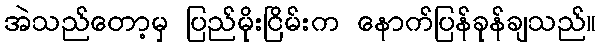
အဲသည်တော့မှ ပြည်မိုးငြိမ်းက နောက်ပြန်ခုန်ချသည်။